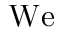
\mathrm { W e }